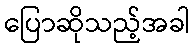
ပြောဆိုသည့်အခါ